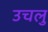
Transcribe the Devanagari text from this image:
उचलु